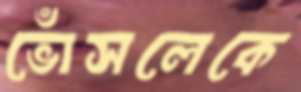
ভোঁসলেকে